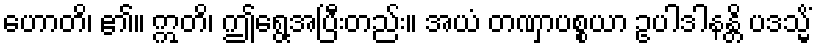
ဟောတိ၊ ၏။ ဣတိ၊ ဤရွေ့အပြီးတည်း။ အယံ တဏှာပစ္စယာ ဥပါဒါနန္တိ ပဒသ္မိံ